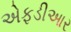
એફડીઆર